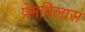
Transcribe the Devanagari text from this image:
प्रेमविलास